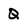
Character: Q